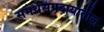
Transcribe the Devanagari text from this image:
समर्थसंप्रदायातील